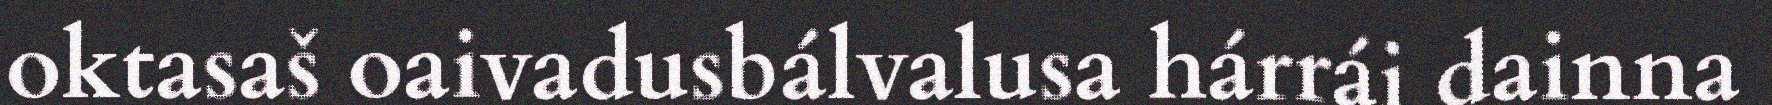
oktasaš oaivadusbálvalusa hárrái dainna